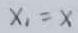
x _ { 1 } = x